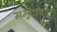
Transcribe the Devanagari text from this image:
समुदायांत